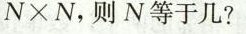
N \times N$$，则N等于几?